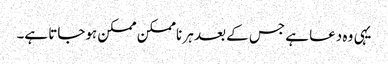
یہی وہ دعا ہے جس کے بعد ہر ناممکن ممکن ہوجاتا ہے۔